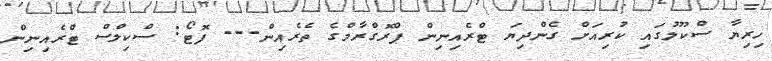
ހިރިޔާ ސްކޫލުގައި ކުރިއަށް ގެންދިޔަ ޓްރެއިނިން ޕްރޮގްރާމްގެ ތެރެއިން--- ފޮޓޯ: ސްކިލްސް ޓްރެއިނިން